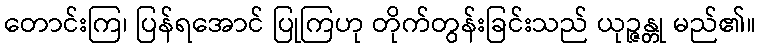
တောင်းကြ၊ ပြန်ရအောင် ပြုကြဟု တိုက်တွန်းခြင်းသည် ယုဉ္ဇန္တု မည်၏။